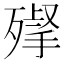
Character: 𣩌